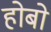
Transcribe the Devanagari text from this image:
होबो